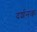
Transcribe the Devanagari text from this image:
दर्शनक